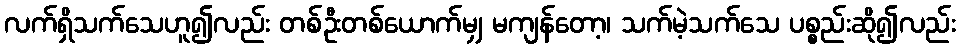
လက်ရှိသက်သေဟူ၍လည်း တစ်ဦးတစ်ယောက်မျှ မကျန်တော့၊ သက်မဲ့သက်သေ ပစ္စည်းဆို၍လည်း